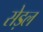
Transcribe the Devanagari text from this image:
सेड़ल